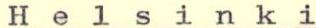
Helsinki